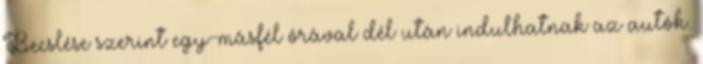
Becslése szerint egy-másfél órával dél után indulhatnak az autók.